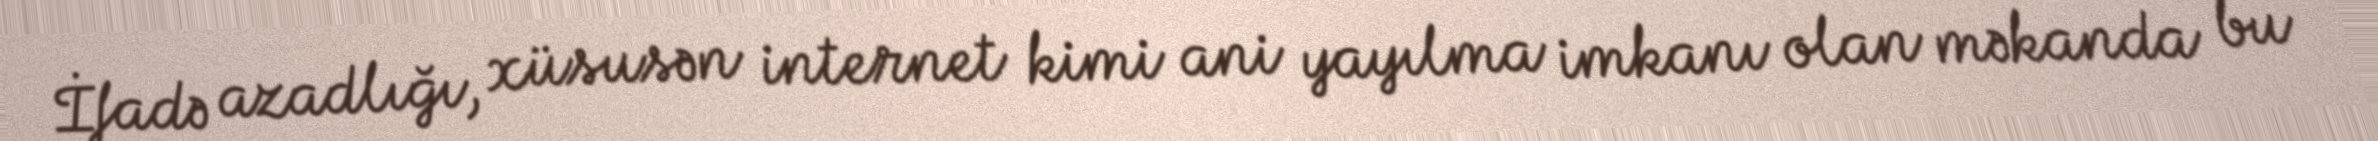
İfadə azadlığı, xüsusən internet kimi ani yayılma imkanı olan məkanda bu